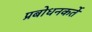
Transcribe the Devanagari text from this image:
प्रबोधनकर्ते